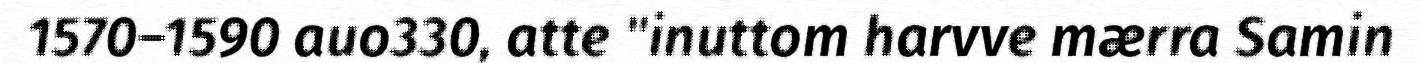
1570–1590 auo330, atte "inuttom harvve mærra Samin